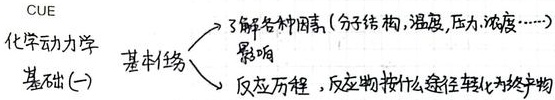
CUE化学动力学基础(一)
基本任务：了解各种因素（分子结构、温度、压力、浓度……）影响反应历程，反应物按什么途径转化为终产物。